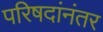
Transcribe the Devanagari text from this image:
परिषदांनंतर